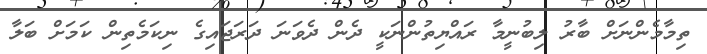
ތިމާމެންނަށް ބާރު ލިބުނީމާ ރައްޔިތުންނަކީ ދެން ދެވަނަ ދަރަޖައިގެ ނިކަމެތިން ކަމަށް ބަލާ